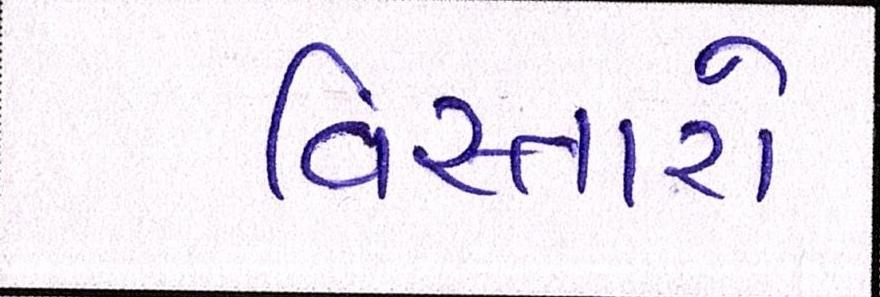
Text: વિસ્તારો